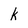
Character: k